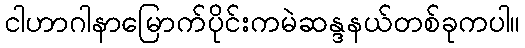
ငါဟာဂါနာမြောက်ပိုင်းကမဲဆန္ဒနယ်တစ်ခုကပါ။